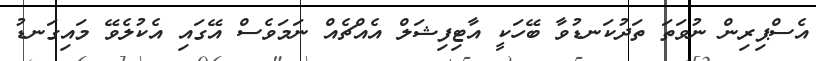
އެސްޕިރިން ނުވަތަ ތަދުކަނޑުވާ ބޭހަކީ އާޓިފިޝަލް އެއްޗެއް ނަމަވެސް އޭގައި އެކުލެވޭ މައިގަނޑު